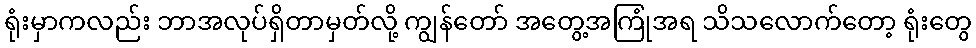
ရုံးမှာကလည်း ဘာအလုပ်ရှိတာမှတ်လို့ ကျွန်တော် အတွေ့အကြုံအရ သိသလောက်တော့ ရုံးတွေ